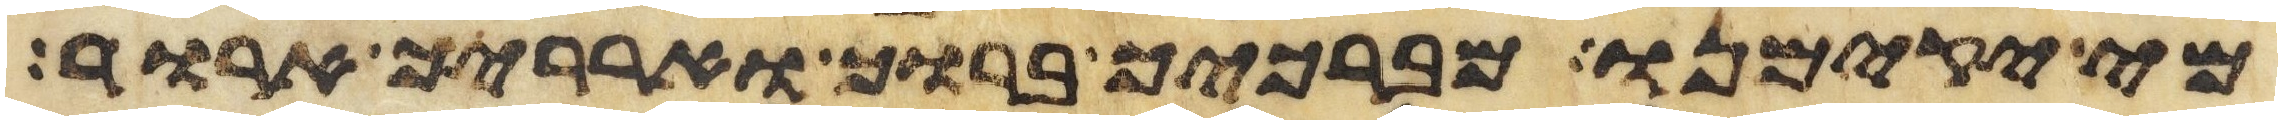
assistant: מי יקימנו מברכיך ברוך וארריך ארור